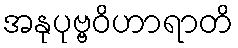
အနုပုဗ္ဗဝိဟာရာတိ